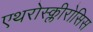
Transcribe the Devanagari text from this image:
एथरोस्क्लीरोसिस